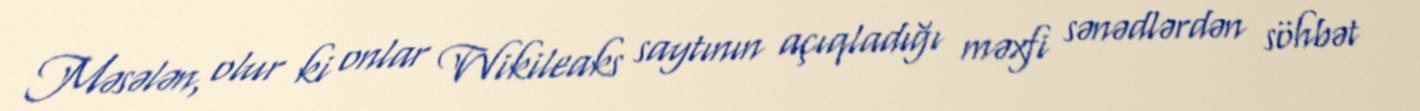
Məsələn, olur ki onlar Wikileaks saytının açıqladığı məxfi sənədlərdən söhbət